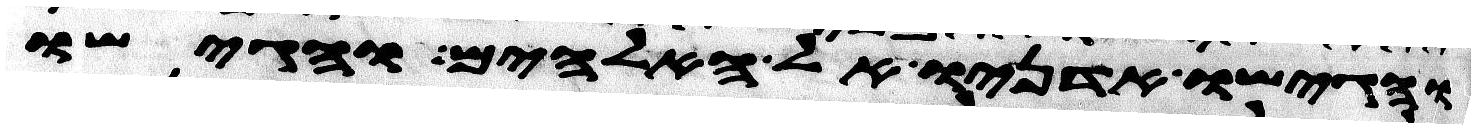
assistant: והגישו אדניו אל האלהים והגישו